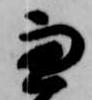
兼